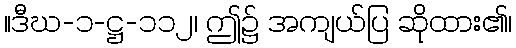
။ဒီဃ-၁-ဋ္ဌ-၁၁၂၊ ဤ၌ အကျယ်ပြ ဆိုထား၏၊